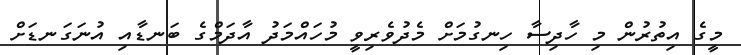
މީގެ އިތުރުން މި ހާދިސާ ހިނގުމަށް މެދުވެރިވީ މުހައްމަދު އާދަމްގެ ބަނޑާއި އުނަގަނޑަށް